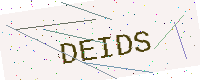
Text: DEIDS